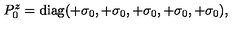
P _ { 0 } ^ { z } = \mathrm { d i a g } ( + \sigma _ { 0 } , + \sigma _ { 0 } , + \sigma _ { 0 } , + \sigma _ { 0 } , + \sigma _ { 0 } ) , \,